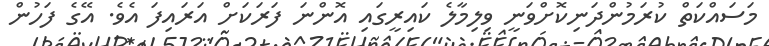
މަސައްކަތް ކުރަމުންދަނިކޮށްވަނީ ވިލިމާލެ ކައިރީގައި އޮންނަ ފަރަކަށް އަރައިފަ އެވެ. އޭގެ ފަހުން